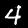
Digit: 4